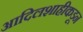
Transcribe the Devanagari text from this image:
आदिलशाहीकडून